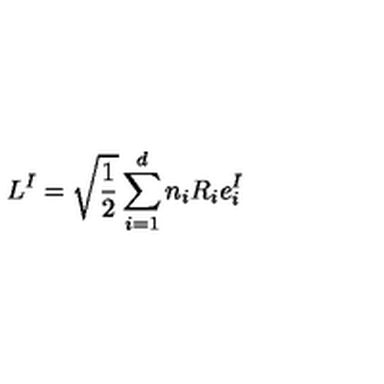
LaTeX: L ^ { I } = \sqrt \frac { 1 } { 2 } \sum _ { i = 1 } ^ { d } n _ { i } R _ { i } e _ { i } ^ { I }